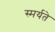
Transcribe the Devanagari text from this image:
स्मर्यते